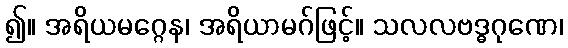
၍။ အရိယမဂ္ဂေန၊ အရိယာမဂ်ဖြင့်။ သလလဗဒ္ဓဂုဏေ၊